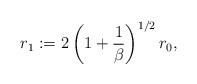
LaTeX: \begin{align*}r_{1}:=2\left(1+\frac{1}{\beta}\right)^{1/2}r_{0},\end{align*}